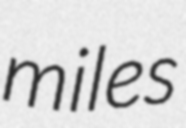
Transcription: miles